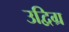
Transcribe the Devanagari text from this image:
उद्विग्र